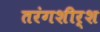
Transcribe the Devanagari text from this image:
तरंगशीर्श